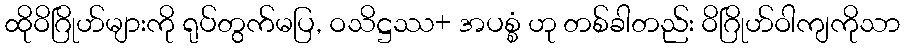
ထိုဝိဂြိုဟ်များကို ရုပ်တွက်မပြ, ဝသိဋ္ဌဿ+ အပစ္စံ ဟု တစ်ခါတည်း ဝိဂြိုဟ်ဝါကျကိုသာ